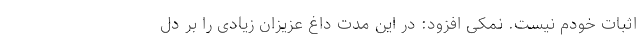
اثبات خودم نیست. نمکی افزود: در این مدت داغ عزیزان زیادی را بر دل